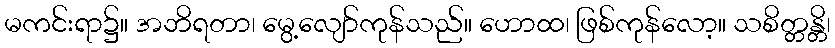
မကင်းရာ၌။ အဘိရတာ၊ မွေ့လျော်ကုန်သည်။ ဟောထ၊ ဖြစ်ကုန်လော့။ သစိတ္တန္တိ၊